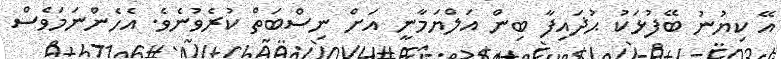
އޭ ކިޔުނު ބޭފުޅަކު ޙުޛައިފާ ބިން އަލްޔަމާނީ އަށް ނިސްބަތް ކުރެވުނެވެ. އެހެންނަމަވެސް